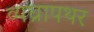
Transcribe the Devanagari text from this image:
व्यघ्रापथर